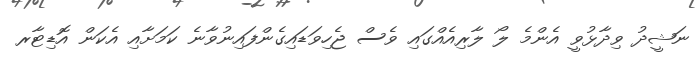
ނަޝީދު ވިދާޅުވީ އެންމެ ލޯ ލާރިއެއްގައި ވެސް ޖެހިވަޑައިގެންފައިނުވާނެ ކަމަށާއި އެކަން އޮޑިޓާރ